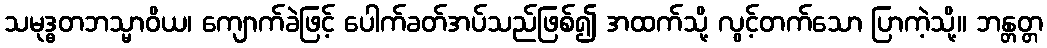
သမုဒ္ဓတဘသ္မာဝိယ၊ ကျောက်ခဲဖြင့် ပေါက်ခတ်အပ်သည်ဖြစ်၍ အထက်သို့ လွင့်တက်သော ပြာကဲ့သို့။ ဘန္တတ္တ